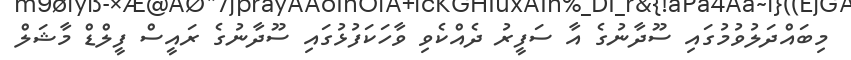
މިބައްދަލުވުމުގައި ސޫދާނުގެ އާ ސަފީރު ދެއްކެވި ވާހަކަފުޅުގައި ސޫދާނުގެ ރައީސް ފީލްޑް މާޝަލް